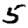
Digit: 5